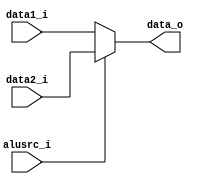
module MUX4
(
	data1_i,
	data2_i,
	alusrc_i,
	data_o
);

input	[31:0]	data1_i, data2_i;
input			alusrc_i;
output	[31:0]	data_o;

assign data_o = (alusrc_i == 0)? (data1_i):
				data2_i;

endmodule